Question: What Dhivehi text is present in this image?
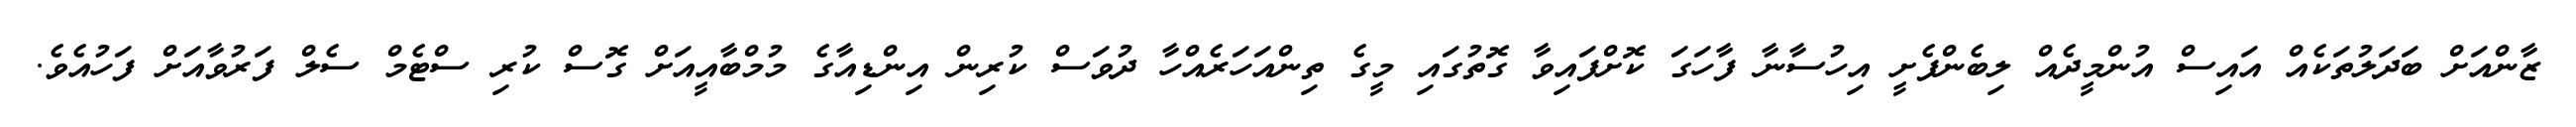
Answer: ޒާންއަށް ބަދަލުތަކެއް އައިސް އުންމީދެއް ލިބެންފެށީ އިހުސާނާ ފާހަގަ ކޮށްފައިވާ ގޮތުގައި މީގެ ތިންއަހަރެއްހާ ދުވަސް ކުރިން އިންޑިއާގެ މުމްބާއީއަށް ގޮސް ކުރި ސްޓެމް ސެލް ފަރުވާއަށް ފަހުއެވެ.